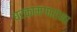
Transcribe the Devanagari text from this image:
घरकामगारांना